Annual report of the Imperial Bacteriological Laboratory, Muktesar
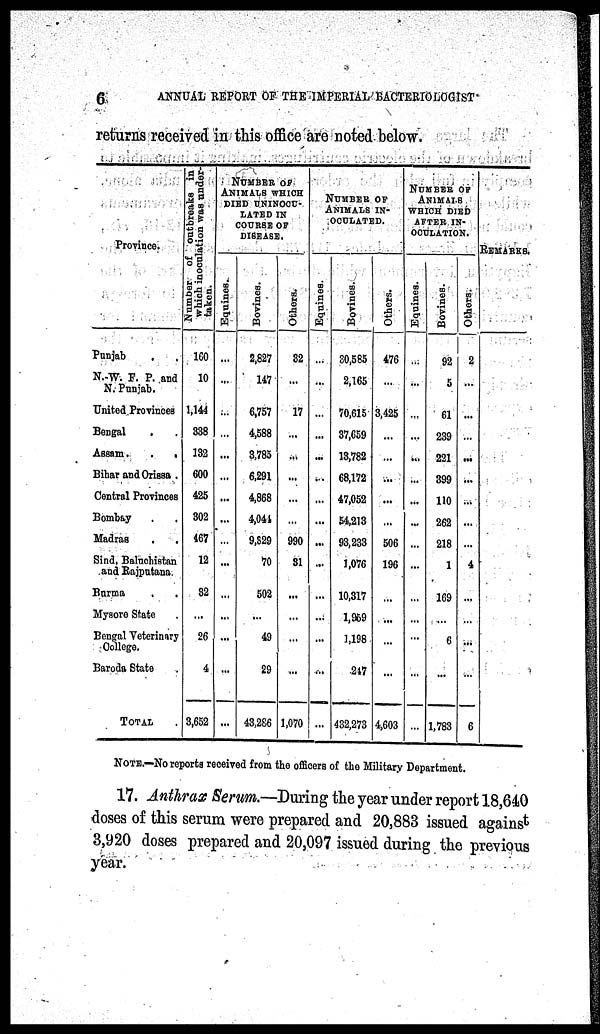
6
ANNUAL REPORT OF THE IMPERIAL BACTERIOLOGIST
returns received in this office are noted below.
Province.
Punjab
N.W. F. P. and
N. Punjab.
United Provinces
Bengal
. .
Assam.
.
.
Bihar and Orissa .
Central Provinces
Bombay . .
Madras . .
Sind, Baluchistan
and Rajputana.
Burma . .
Mysore State .
Bengal Veterinary
College.
Baroda State
TOTAL
Number of outbreaks in
which inoculation was under¬
taken.
160
10
1,144
338
132
600
425
302
467
12
32
...
26
4
3,652
NUMBER OF
ANIMALS WHICH
DIED UNINOCU¬
LATED IN
COURSE OF
DISEASE.
Equines.
...
...
...
...
...
...
...
...
...
...
...
...
...
...
...
Bovines.
2,827
147
6,757
4,588
3,785
6,291
4,868
4,044
9,829
70
502
...
49
29
43,286
Others.
32
...
17
...
...
...
...
...
990
31
...
...
...
...
1,070
NUMBER OF
ANIMALS IN¬
OCULATED.
Equines.
...
...
...
...
...
...
...
...
...
...
...
...
...
...
...
Bovines.
30,585
2,165
70,615
37,659
13,782
68,172
47,052
54,213
93,233
1,076
10,317
1,959
1,198
247
432,273
Others.
476
...
3,425
...
...
...
...
...
506
196
...
...
...
...
4,603
NUMBER OF
ANIMALS
WHICH DIED
AFTER IN¬
OCULATION.
Equines.
...
...
...
...
...
...
...
...
...
...
...
...
...
...
...
Bovines.
92
5
61
239
221
399
110
262
218
1
169
...
6
...
1,783
Others.
2
...
...
...
...
...
...
...
...
4
...
...
...
...
6
REMARKS.
NOTE.—NO reports received from the officers of the Military Department.
17. Anthrax Serum.—During the year under report 18,640
doses of this serum were prepared and 20,883 issued against
3,920 doses prepared and 20,097 issued during the previous
year.